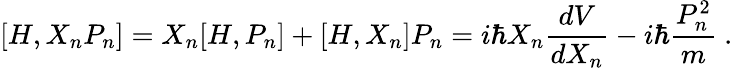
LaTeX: [H,X_{n}P_{n}]=X_{n}[H,P_{n}]+[H,X_{n}]P_{n}=i\hbar X_{n}{\frac{dV}{dX_{n}}}-i\hbar{\frac{P_{n}^{2}}{m}}~.